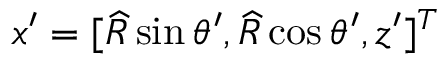
{ \boldsymbol { x } } ^ { \prime } = [ \widehat { R } \sin \theta ^ { \prime } , \widehat { R } \cos \theta ^ { \prime } , z ^ { \prime } ] ^ { T }